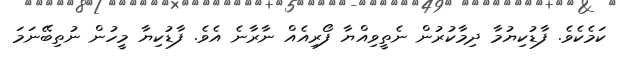
ކަމެކެވެ. ފާޑުކިޔުމާ ދިމާކުރުން ނެތީވިއްޔާ ފޯރިއެއް ނާރާނެ އެވެ. ފާޑުކިޔާ މީހުން ނުތިބޭނަމަ